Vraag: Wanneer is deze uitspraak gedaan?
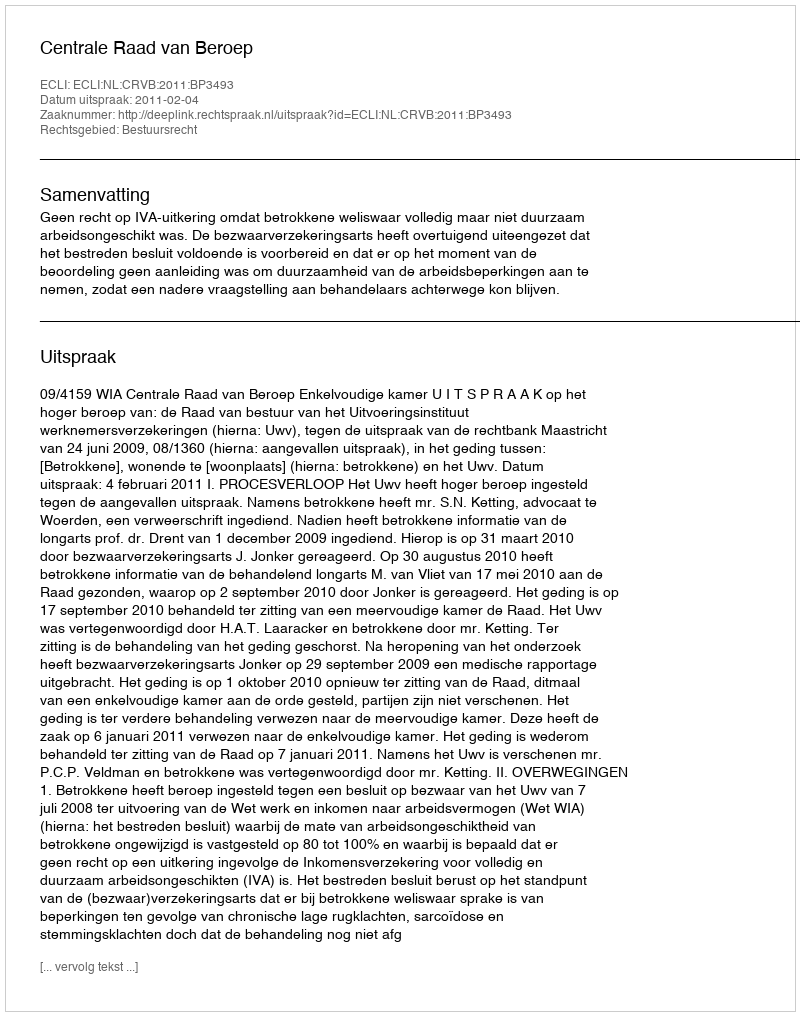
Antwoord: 2011-02-04